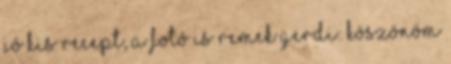
jó kis recept, a fotó is remek Gerdi: köszönöm